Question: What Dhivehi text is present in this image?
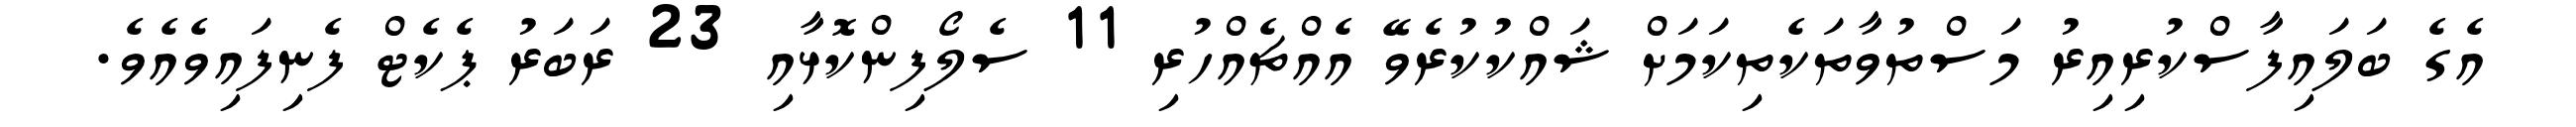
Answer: އެގެ ބަލައިފާސްކުރިއިރު މަސްތުވާތަކެތިކަމަށް ޝައްކުކުރެވޭ އެއްޗެއްހުރި 11 ސެލޯފިންކޮޅާއި 23 ރަބަރު ޕެކެޓް ފެނިފައިވެއެވެ.